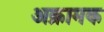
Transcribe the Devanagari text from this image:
अक्रामक